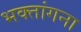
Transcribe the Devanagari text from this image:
भक्तांगना